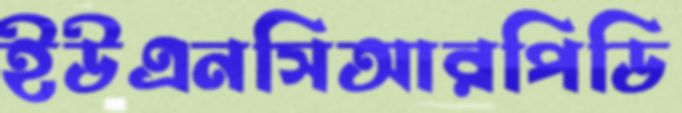
ইউএনসিআরপিডি